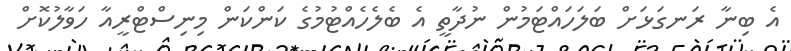
އެ ބިނާ ރަނގަޅަށް ބަލަހައްޓަމުން ނުދާތީ އެ ބެލެހެއްޓުމުގެ ކަންކަން މިނިސްޓްރީއާ ހަވާލުކޮށް